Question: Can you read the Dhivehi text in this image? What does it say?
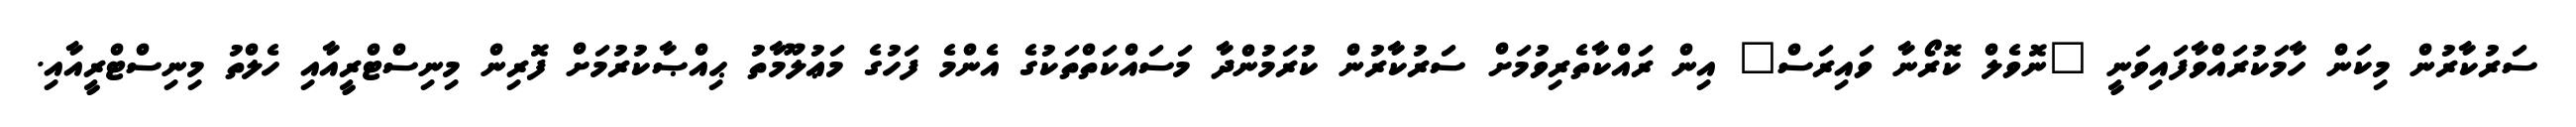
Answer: ސަރުކާރުން މިކަން ހާމަކުރައްވާފައިވަނީ "ނޮވެލް ކޮރޯނާ ވައިރަސް" އިން ރައްކާތެރިވުމަށް ސަރުކާރުން ކުރަމުންދާ މަސައްކަތްތަކުގެ އެންމެ ފަހުގެ މަޢުލޫމާތު ޙިއްޞާކުރުމަށް ފޮރިން މިނިސްޓްރީއާއި ހެލްތު މިނިސްޓްރީއާއި.